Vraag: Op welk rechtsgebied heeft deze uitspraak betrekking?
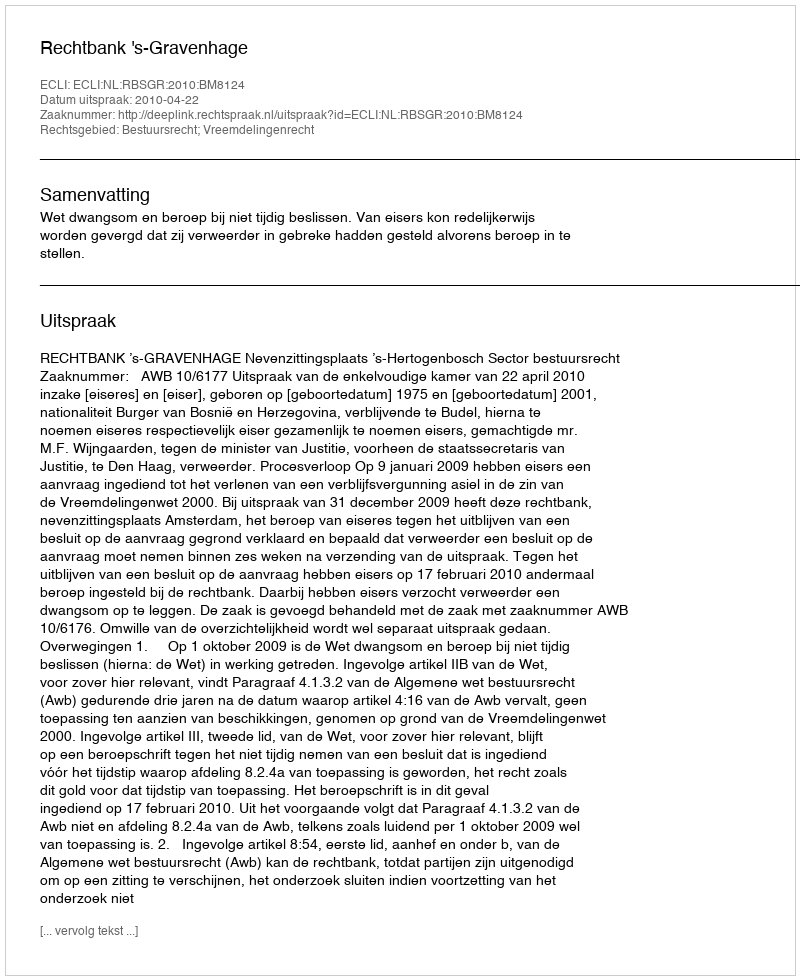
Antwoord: Bestuursrecht; Vreemdelingenrecht